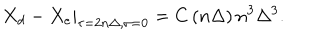
LaTeX: \left. X _ { d } - X _ { e } \right| _ { \tau = 2 n \Delta , \sigma = 0 } = C \left( n \Delta \right) n ^ { 3 } \Delta ^ { 3 } .